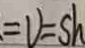
= V = s h